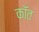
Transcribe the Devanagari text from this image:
कॉत